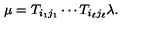
\mu = T _ { i _ { 1 } j _ { 1 } } \cdots T _ { i _ { \ell } j _ { \ell } } \lambda .